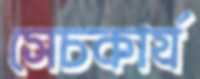
সেচকার্য